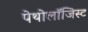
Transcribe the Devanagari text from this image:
पेथोलॉजिस्ट